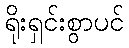
ရိုးရှင်းစွာပင်